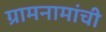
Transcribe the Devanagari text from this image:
ग्रामनामांची